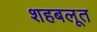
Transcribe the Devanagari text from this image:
शहबलूत